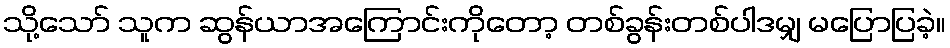
သို့သော် သူက ဆွန်ယာအကြောင်းကိုတော့ တစ်ခွန်းတစ်ပါဒမျှ မပြောပြခဲ့။